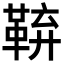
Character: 𮧜